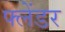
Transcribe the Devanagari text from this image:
फ्लेंडर